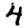
Digit: 4